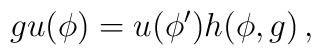
g u (\phi) = u (\phi') h(\phi,g)\,,